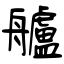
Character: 艫